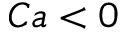
C a < 0